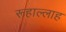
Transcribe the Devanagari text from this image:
रूहाल्लाह